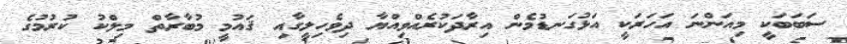
ސަބަބަކީ މިއަންނަ އަހަރަކީ އަޅުގަނޑުމެން އިރާދަކުރެއްވިއްޔާ ދިވެހިލީގާއި ޤައުމީ މުބާރާތް މިލްކު ކުރުމުގެ